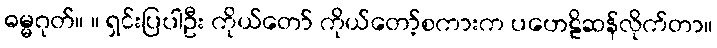
ဓမ္မဂုတ်။ ။ ရှင်းပြပါဦး ကိုယ်တော် ကိုယ်တော့်စကားက ပဟေဠိဆန်လိုက်တာ။